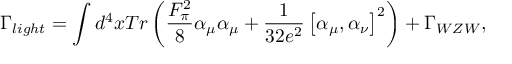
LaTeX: \Gamma _ { l i g h t } = \int d ^ { 4 } x T r \left( { \frac { F _ { \pi } ^ { 2 } } { 8 } } \alpha _ { \mu } \alpha _ { \mu } + { \frac { 1 } { 3 2 e ^ { 2 } } } \left[ \alpha _ { \mu } , \alpha _ { \nu } \right] ^ { 2 } \right) + \Gamma _ { W Z W } ,